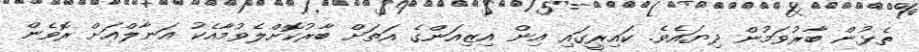
ތެޅުން ބާރުވަމުން ދިޔައެވެ. ކައިރީގައި އިން އިޒިއަންގެ އަތަށް ބާރުކޮށްލެވުމާއެކު އަނާލްއަށް ރޮވެން